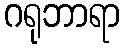
ဂရုဘာရာ